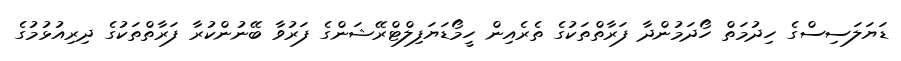
ޑަޔަލަސިސްގެ ހިދުމަތް ހޯދަމުންދާ ފަރާތްތަކުގެ ތެރެއިން ހީމޯޑަޔަފިލްޓްރޭޝަންގެ ފަރުވާ ބޭނުންކުރާ ފަރާތްތަކުގެ ދިރިއުޅުމުގެ